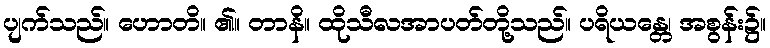
ပျက်သည်။ ဟောတိ။ ၏။ တာနိ။ ထိုသီလအာပတ်တို့သည်။ ပရိယန္တေ၊ အစွန်း၌။